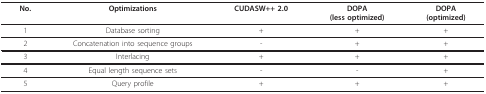
| No. | Optimizations | CUDASW++ 2.0 | DOPA(less optimized) | DOPA(optimized) |
 | --- | --- | --- | --- | --- |
 | 1 | Database sorting | + | + | + |
 | 2 | Concatenation into sequence groups | - | + | + |
 | 3 | Interlacing | + | + | + |
 | 4 | Equal length sequence sets | - | - | + |
 | 5 | Query profile | + | + | + |